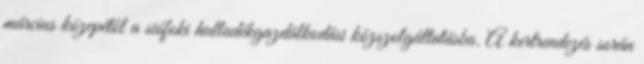
március közepétől a siófoki hulladékgazdálkodási közszolgáltatásba. A kertrendezés során